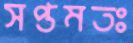
সপ্তমতঃ